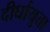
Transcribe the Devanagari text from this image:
दीर्घायुता